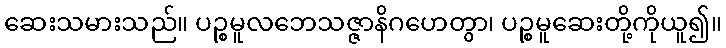
ဆေးသမားသည်။ ပဉ္စမူလဘေသဇ္ဇာနိဂဟေတွာ၊ ပဉ္စမူဆေးတို့ကိုယူ၍။